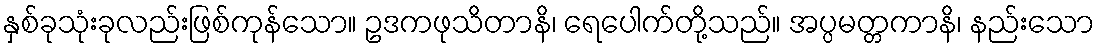
နှစ်ခုသုံးခုလည်းဖြစ်ကုန်သော။ ဥဒကဖုသိတာနိ၊ ရေပေါက်တို့သည်။ အပ္ပမတ္တကာနိ၊ နည်းသော